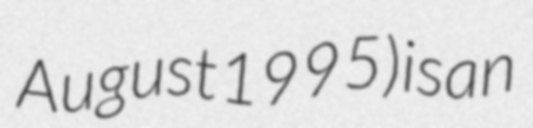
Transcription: August 1995) is an